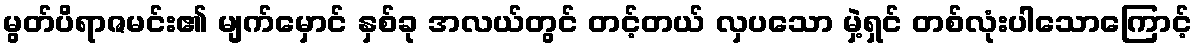
မွတ်ပိရာဇမင်း၏ မျက်မှောင် နှစ်ခု အလယ်တွင် တင့်တယ် လှပသော မှဲ့ရှင် တစ်လုံးပါသောကြောင့်